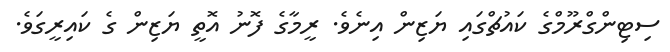
ސިޓިންގްރޫމްގެ ކައުޗްގައި ޔަޒިން އިނެވެ. ރީމާގެ ފޮނު އޮތީ ޔަޒިން ގެ ކައިރީގަވެ.